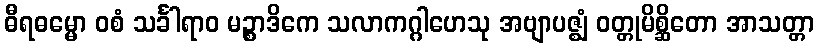
ဓီရဓမ္မော ဝစံ သင်္ခါရာဝ မဉ္စာဒိကေ သလာကဂ္ဂါဟေသု အဗျာပဇ္ဈံ ဝတ္တုမိစ္ဆိတော အာသတ္တာ